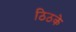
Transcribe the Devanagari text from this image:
ठिठके